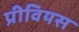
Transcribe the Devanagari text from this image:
प्रीवियस